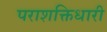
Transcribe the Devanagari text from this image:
पराशक्तिधारी